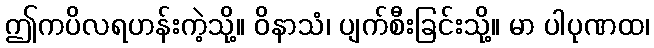
ဤကပိလရဟန်းကဲ့သို့။ ဝိနာသံ၊ ပျက်စီးခြင်းသို့။ မာ ပါပုဏထ၊